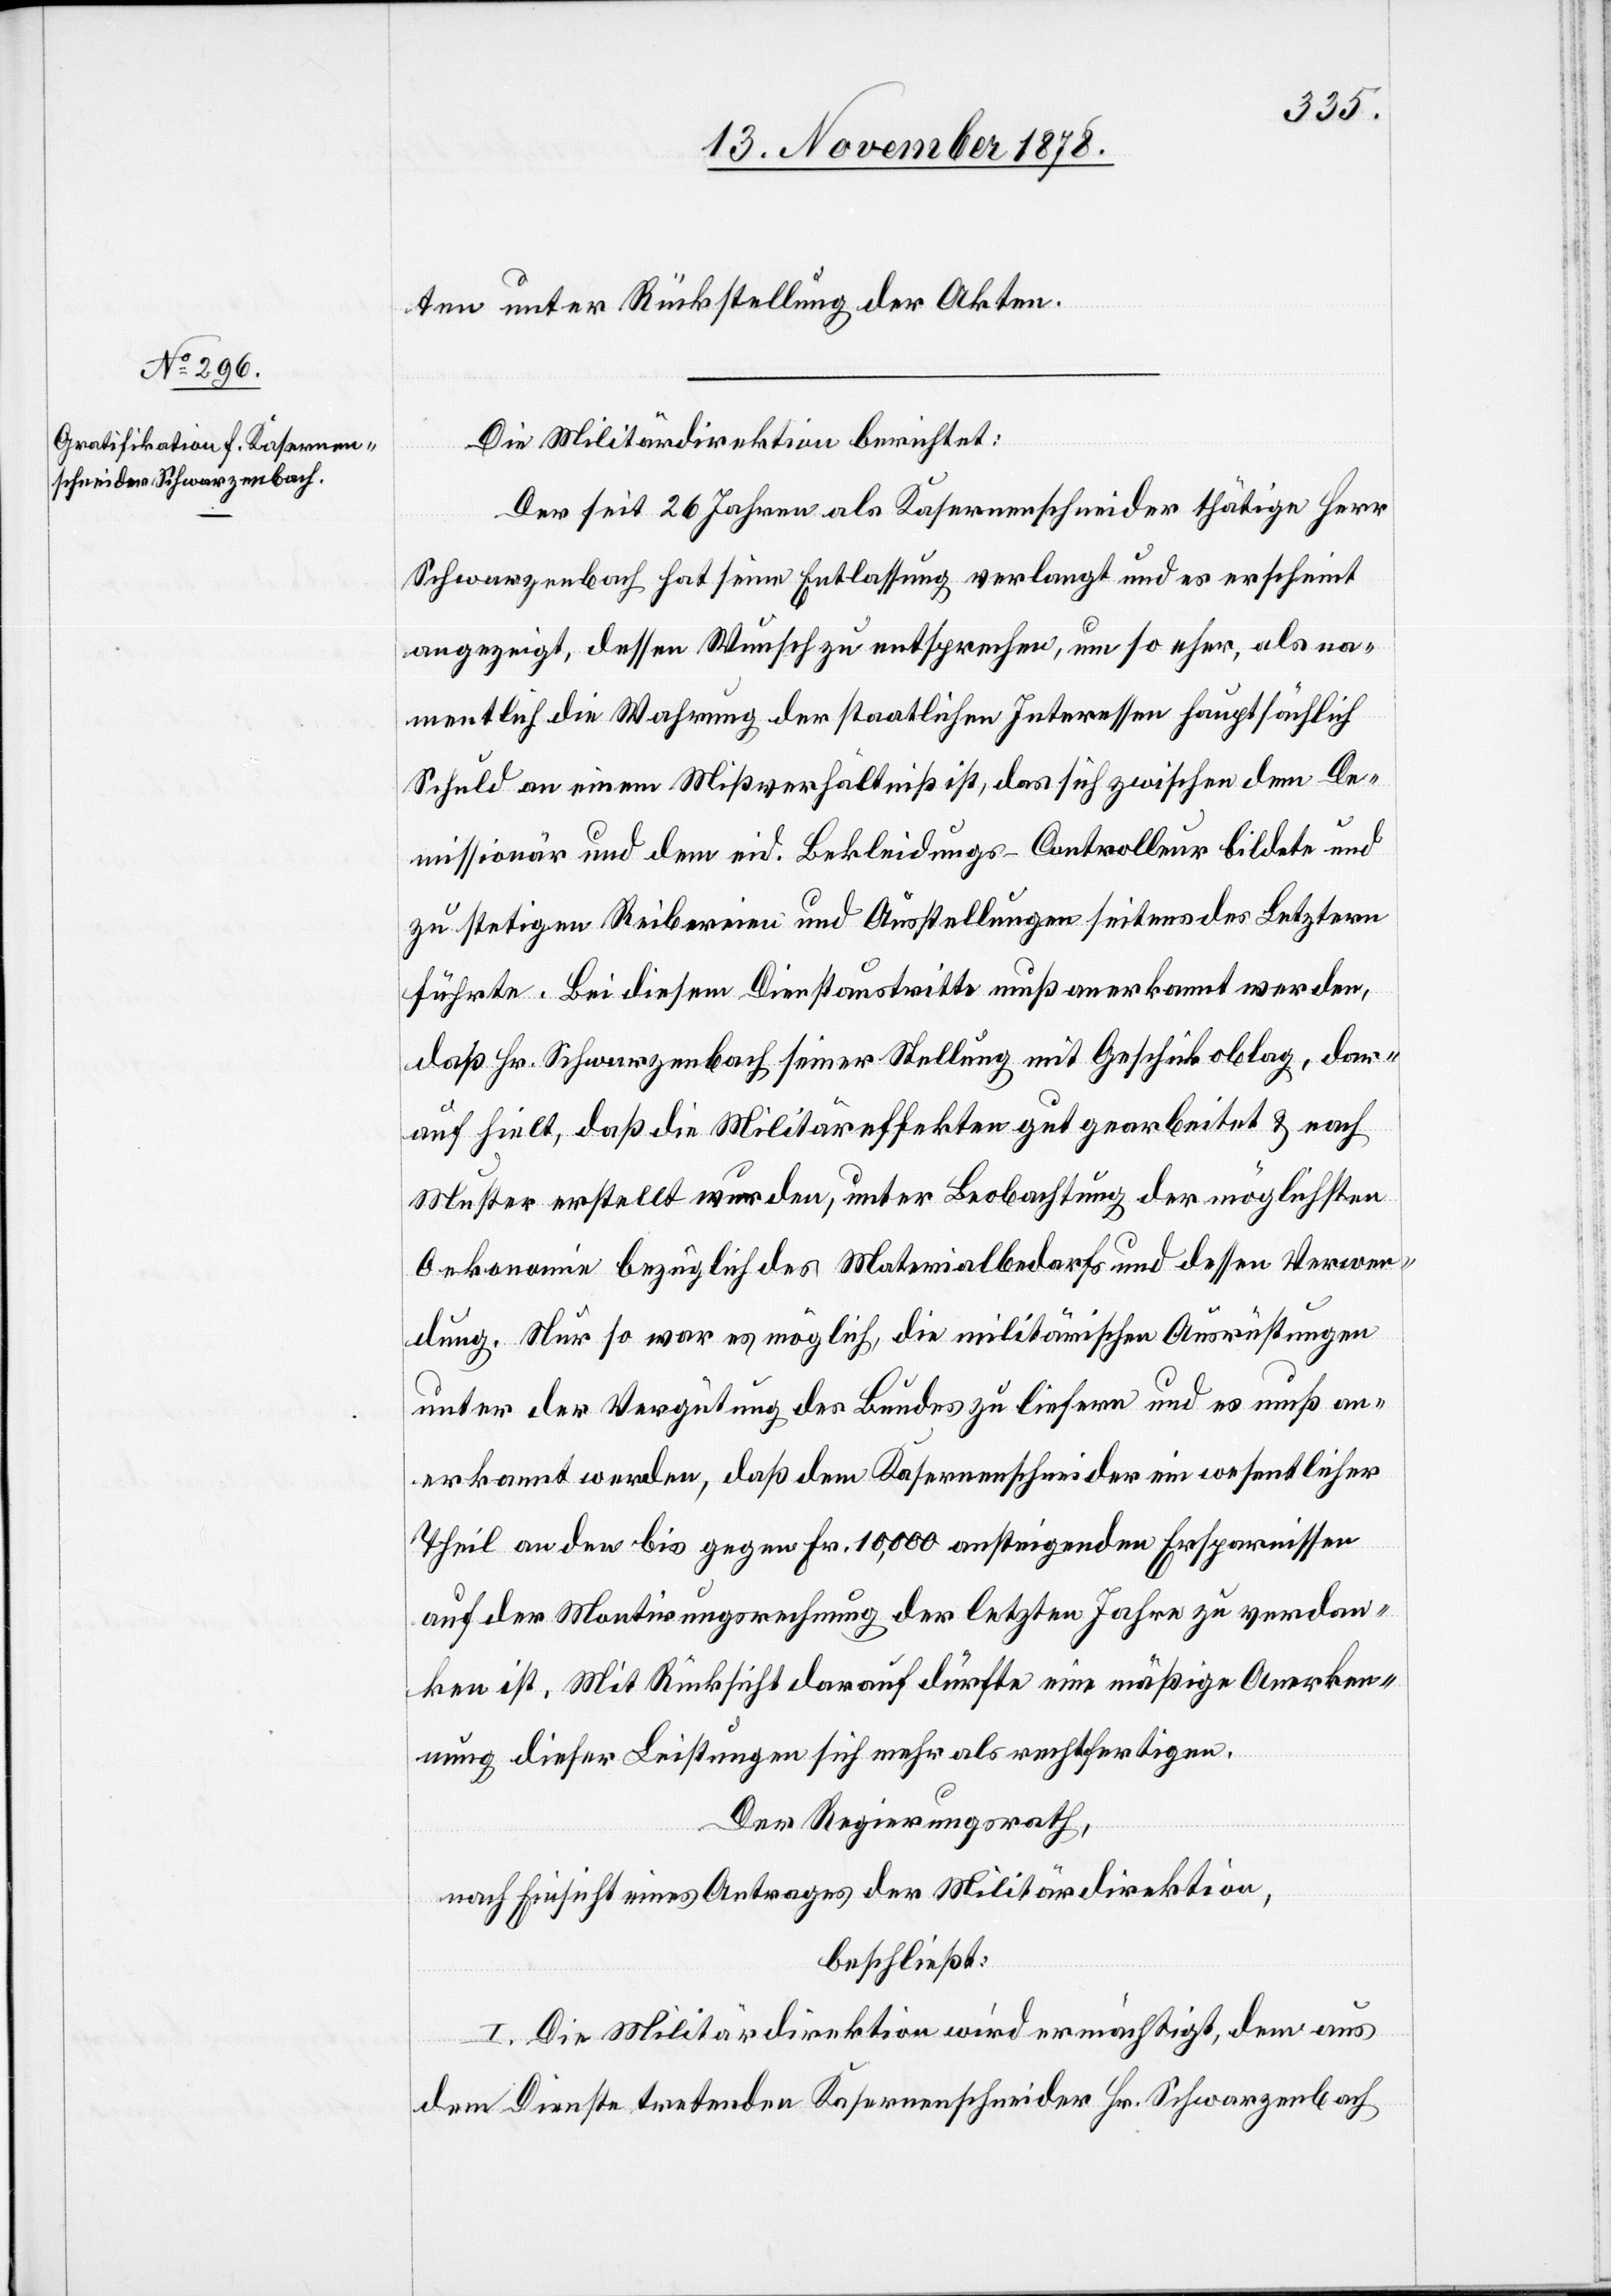
ten unter Rückstellung der Akten.
Die Militärdirektion berichtet:
Der seit 26 Jahren als Kasernenschneider thätige Herr
Schwarzenbach hat seine Entlassung verlangt und es erscheint
angezeigt, dessen Wunsch zu entsprechen, um so eher, als na¬
mentlich die Wahrung der staatlichen Interessen hauptsächlich
Schuld an einem Mißverhältniß ist, das sich zwischen dem De¬
missionär und dem eid. Bekleidungs-Controlleur bildete und
zu stetigen Reibereien und Ausstellungen seitens des Letztern
führte. Bei diesem Dienstaustritte muß anerkannt werden,
daß Hr. Schwarzenbach seiner Stellung mit Geschick oblag, dar¬
auf hielt, daß die Militäreffekten gut gearbeitet & nach
Muster erstellt wurden, unter Beobachtung der möglichsten
Oekonomie bezüglich des Materialbedarfs und dessen Verwen¬
dung. Nur so war es möglich, die militärischen Ausrüstungen
unter der Vergütung des Bundes zu liefern und es muß an¬
erkannt werden, daß dem Kasernenschneider ein wesentlicher
Theil an den bis gegen Fr. 10,000 ansteigenden Ersparnissen
auf der Montirungsrechnung der letzten Jahre zu verdan¬
ken ist. Mit Rücksicht darauf dürfte eine mäßige Anerken¬
nung dieser Leistungen sich mehr als rechtfertigen.
Der Regierungsrath,
nach Einsicht eines Antrages der Militärdirektion,
beschließt:
I. Die Militärdirektion wird ermächtigt, dem aus
dem Dienste tretenden Kasernenschneider Hr. Schwarzenbach